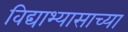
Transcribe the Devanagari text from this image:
विद्याभ्यासाच्या